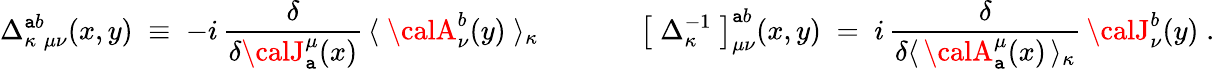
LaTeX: \Delta_{\kappa\; \mu\nu}^{\mathtt{a}b}(x,y)\; \equiv\; -i\, \frac{{\delta}}{{\delta{\calJ}_{\mathtt{a}}^{\mu}(x)}}\, \langle\; {\calA}_{\nu}^{b}(y)\; \rangle_{\kappa}\; \; \; \; \; \; \; \; \; \; \; \; \; \left[\; \Delta_{\kappa}^{-1}\; \right]_{\mu\nu}^{\mathtt{a}b}(x,y)\; =\; i\, \frac{{\delta}}{{\delta\langle\, {\calA}_{\mathtt{a}}^{\mu}(x)\, \rangle_{\kappa}}}\, {\calJ}_{\nu}^{b}(y)\; .